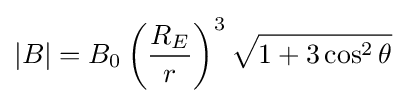
|B|=B_{0}\left({\frac {R_{E}}{r}}\right)^{3}{\sqrt {1+3\cos ^{2}\theta }}